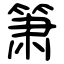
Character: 箫